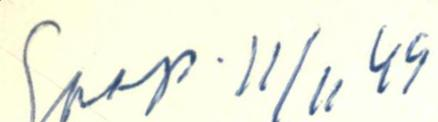
Saap. 11/11 49